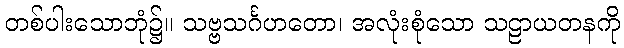
တစ်ပါးသောဘုံ၌။ သဗ္ဗသင်္ဂဟတော၊ အလုံးစုံသော သဠာယတနကို